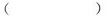
()